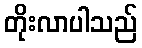
တိုးလာပါသည်